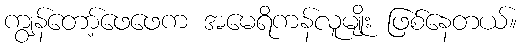
ကျွန်တော့်ဖေဖေက အမေရိကန်လူမျိုး ဖြစ်နေတယ်။